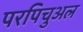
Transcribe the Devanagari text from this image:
परपिचुअल